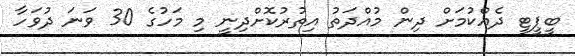
ބީޕީޓީ ދެއްކުމަށް ދިން މުއްދަތު އިތުރުކޮށްދިނީ މި މަހުގެ 30 ވަނަ ދުވަހާ